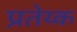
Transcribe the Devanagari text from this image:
प्रतेय्क